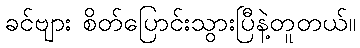
ခင်ဗျား စိတ်ပြောင်းသွားပြီနဲ့တူတယ်။